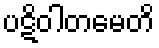
ပဋိဝါတမေတိ